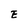
Character: E